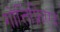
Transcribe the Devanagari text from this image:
गोत्तिफ़्रिएद